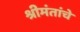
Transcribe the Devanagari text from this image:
श्रीमंतांचे